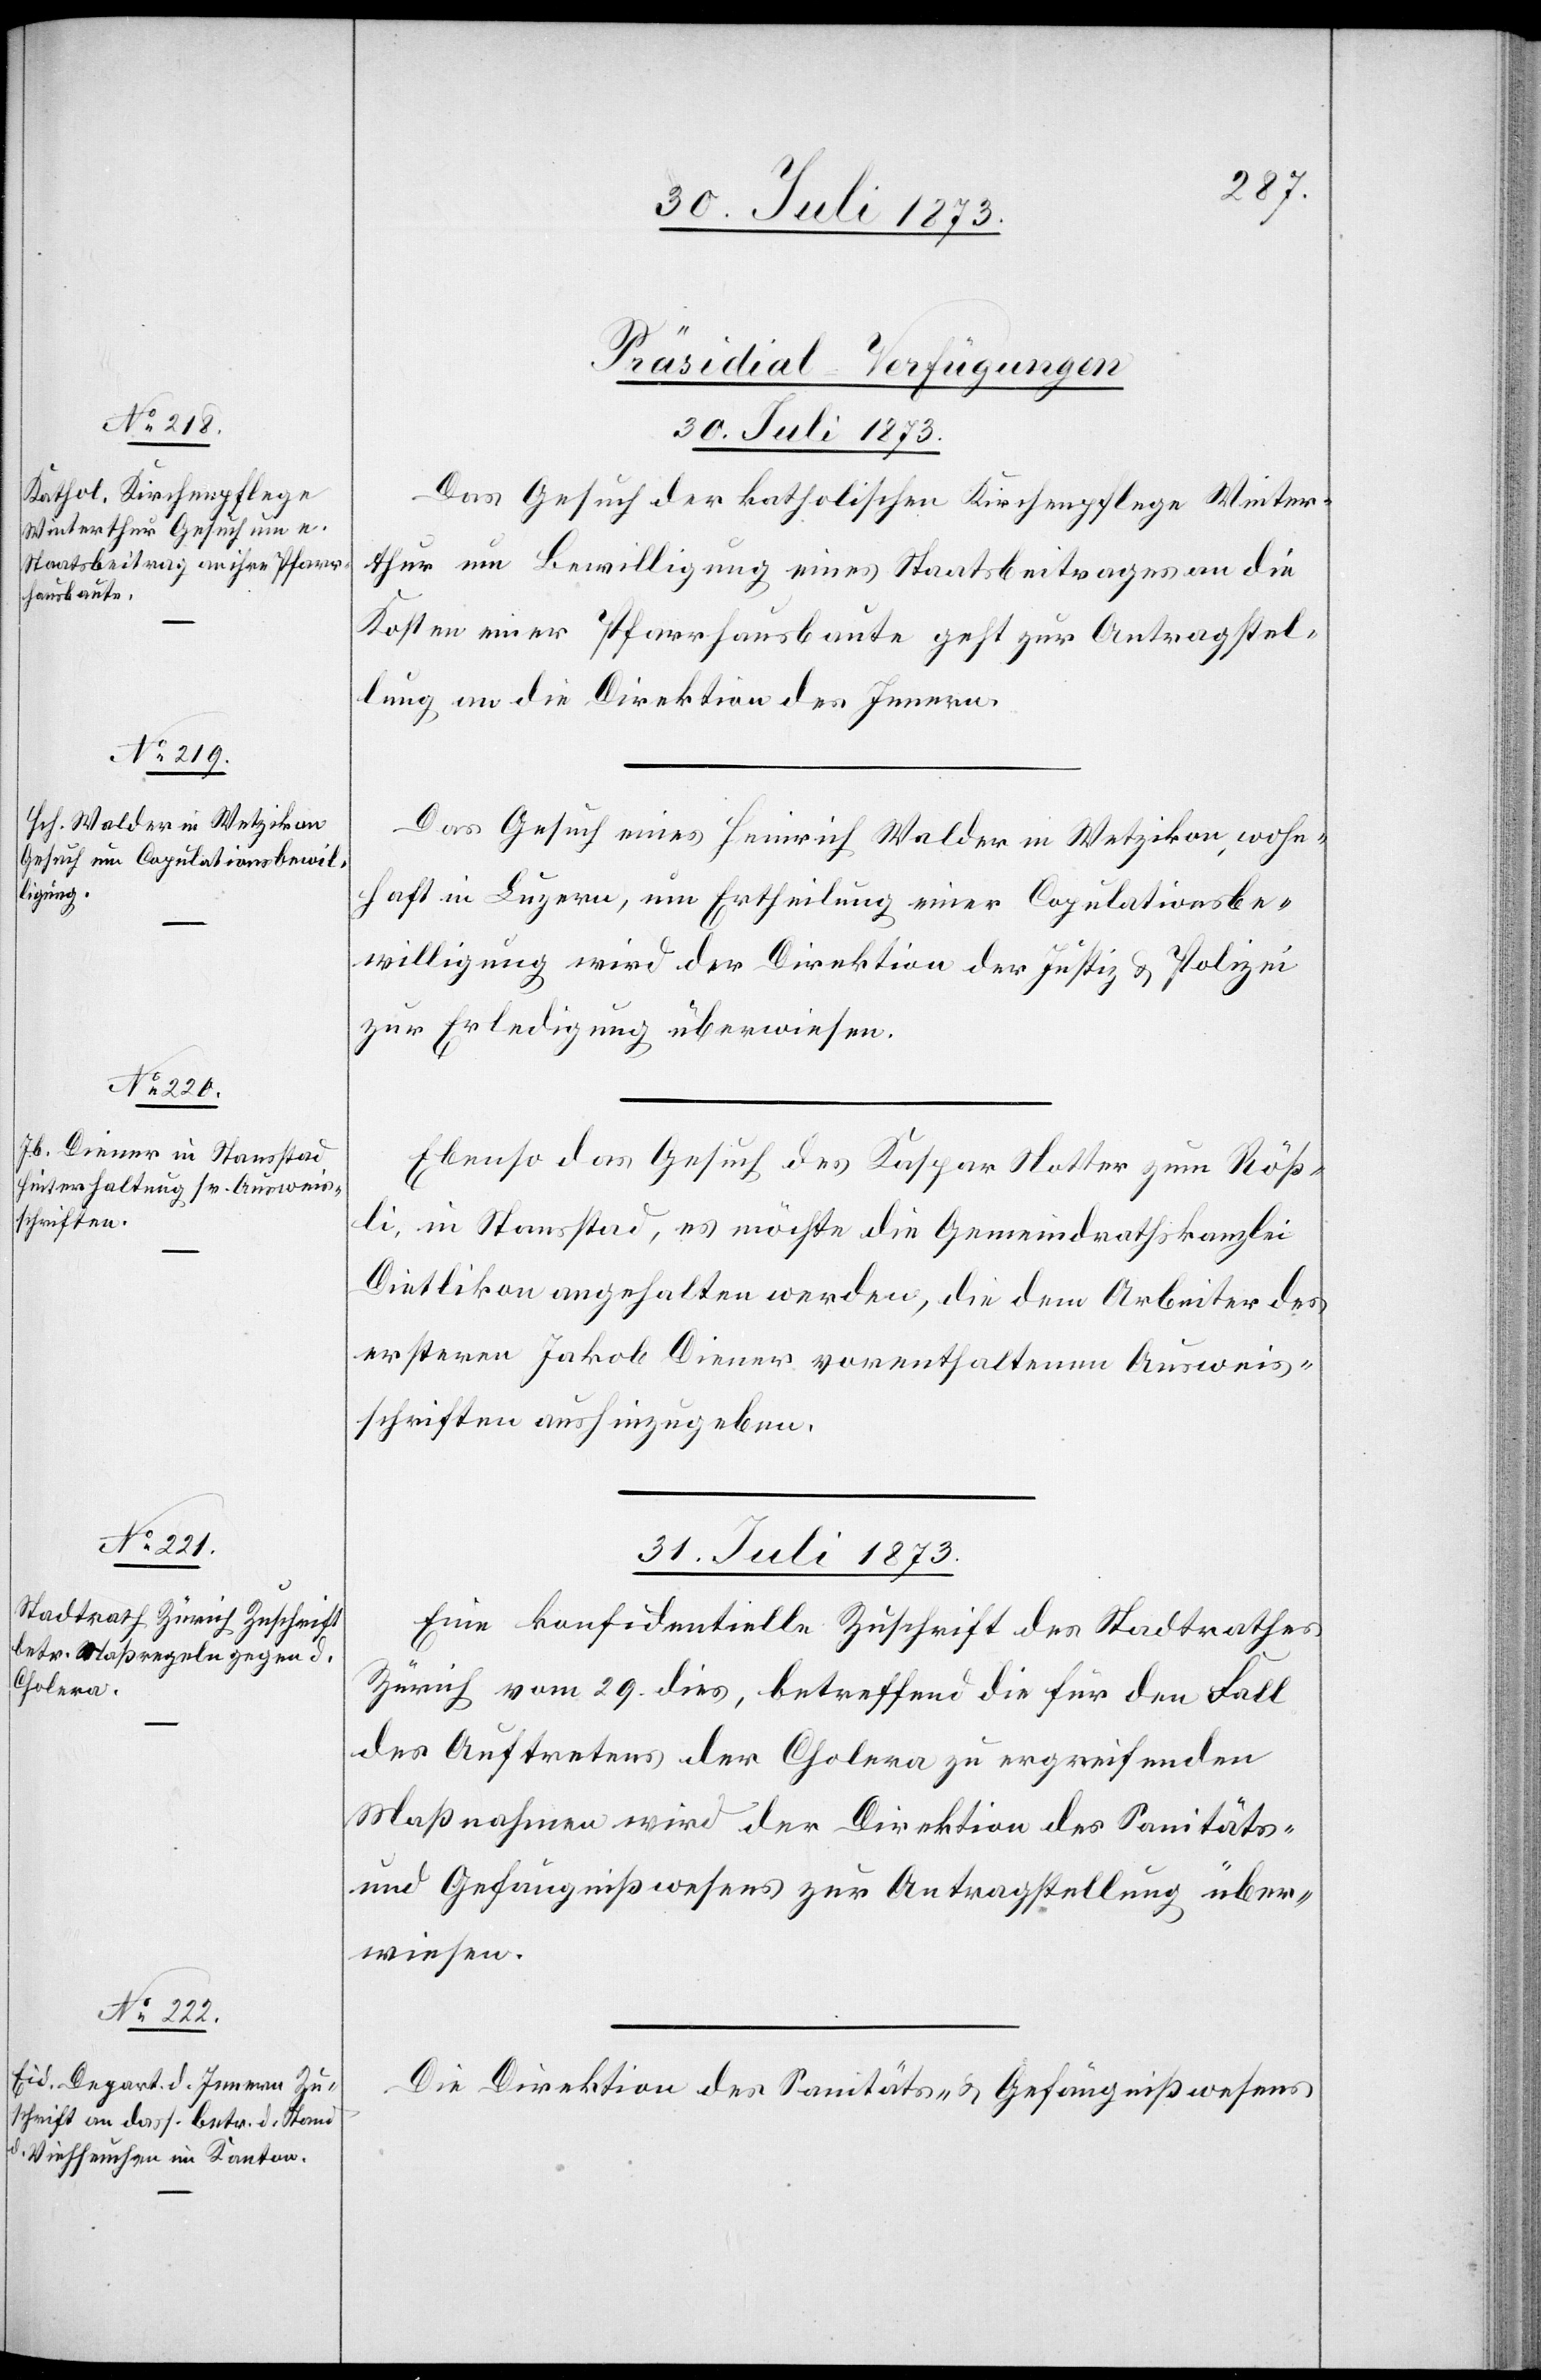
[Präsidial-Verfügungen
30. Juli 1873.]
Das Gesuch der katholischen Kirchenpflege Winter¬
thur um Bewilligung eines Staatsbeitrages an die
Kosten einer Pfarrhausbaute geht zur Antragstel¬
lung an die Direktion des Innern.
Das Gesuch eines Heinrich Walder in Wetzikon, wohn¬
haft in Luzern, um Ertheilung einer Copulationsbe¬
willigung wird der Direktion der Justiz & Polizei
zur Erledigung überwiesen.
Ebenso das Gesuch des Kaspar Notter zum Röß¬
li, in Stansstad, es möchte die Gemeindrathskanzlei
Dietlikon angehalten werden, die dem Arbeiter des
ersteren Jakob Diener vorenthaltenen Ausweis¬
schriften aushinzugeben.
31. Juli 1873.]
Eine konfidentielle Zuschrift des Stadtrathes
Zürich vom 29. dies, betreffend die für den Fall
des Auftretens der Cholera zu ergreifenden
Maßnahmen wird der Direktion des Sanitäts-
und Gefängnißwesens zur Antragstellung über¬
wiesen.
Die Direktion des Sanitäts- & Gefängnißwesens